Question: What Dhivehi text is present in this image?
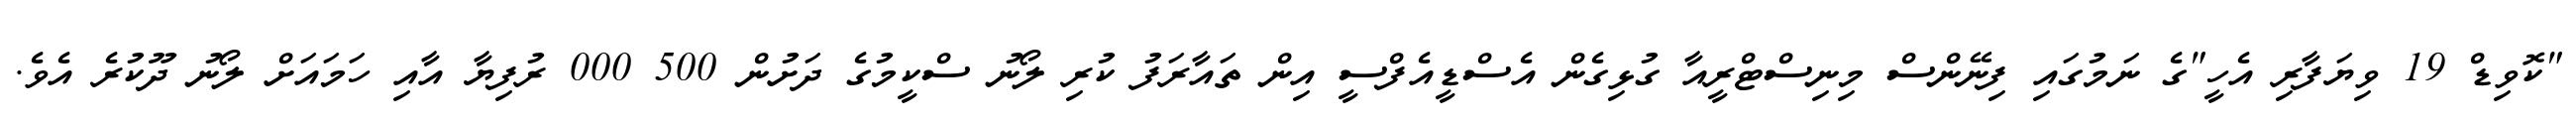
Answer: "ކޮވިޑް 19 ވިޔަފާރި އެހީ"ގެ ނަމުގައި ފިނޭންސް މިނިސްޓްރީއާ ގުޅިގެން އެސްޑީއެފްސީ އިން ތައާރަފު ކުރި ލޯނު ސްކީމުގެ ދަށުން 500 000 ރުފިޔާ އާއި ހަމައަށް ލޯނު ދޫކުރެ އެވެ.